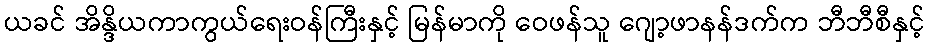
ယခင် အိန္ဒိယကာကွယ်ရေးဝန်ကြီးနှင့် မြန်မာကို ဝေဖန်သူ ဂျော့ဖာနန်ဒက်က ဘီဘီစီနှင့်